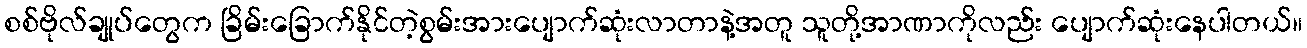
စစ်ဗိုလ်ချုပ်တွေက ခြိမ်းခြောက်နိုင်တဲ့စွမ်းအားပျောက်ဆုံးလာတာနဲ့အတူ သူတို့အာဏာကိုလည်း ပျောက်ဆုံးနေပါတယ်။